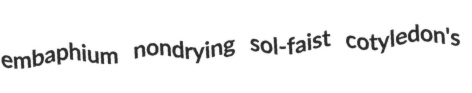
embaphium nondrying sol-faist cotyledon's